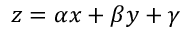
z = \alpha x + \beta y + \gamma